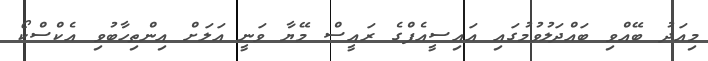
މިއަދު ބޭއްވި ބައްދަލުވުމުގައި އައިސީއެފްގެ ރައީސް މޭޔާ ވަނީ އަލަށް އިންތިހާބުވި އެކްސްކޯ